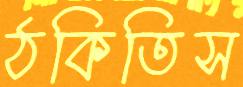
ঠকিতিস